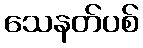
သေနတ်ပစ်